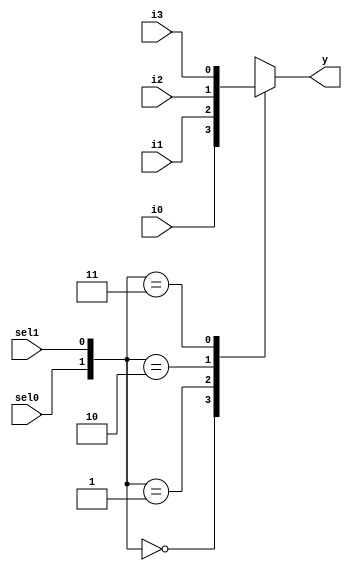
module mux(
    input i0, i1, i2, i3,
    input sel0, sel1,
    output reg y
);

always @(*) begin
    case({sel0, sel1}) // Concatenating sel1 and sel0 to form a 2-bit selector
        2'b00: y = i0;
        2'b01: y = i1;
        2'b10: y = i2;
        2'b11: y = i3;
        default: y = 1'b0; // Handle default case
    endcase
end

endmodule